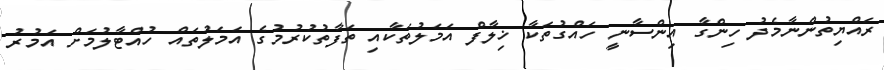
ރައްޔިތުންނާމެދު ހިންގާ އިންސާނީ ހައްގުތަކާ ޚިލާފް އަމަލުތަކާއި ތަފާތުކުރުމުގެ އަމަލުތައް ހުއްޓާލުމަށް އަމުރު